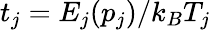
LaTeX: t_{j}=E_{j}(p_{j})/k_{B}T_{j}